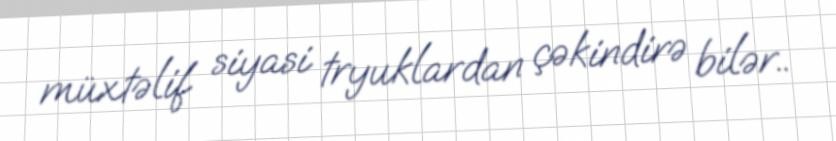
müxtəlif siyasi tryuklardan çəkindirə bilər..